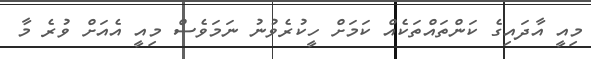
މިއީ އާދައިގެ ކަންތައްތަކެއް ކަމަށް ހީކުރެވުނު ނަމަވެސް މިއީ އެއަށް ވުރެ މާ